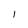
Character: I